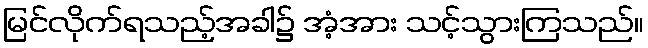
မြင်လိုက်ရသည့်အခါ၌ အံ့အား သင့်သွားကြသည်။